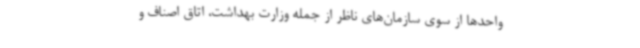
واحدها از سوی سازمان‌های ناظر از جمله وزارت بهداشت، اتاق اصناف و